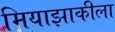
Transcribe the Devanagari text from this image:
मियाझाकीला